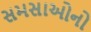
સમસાઓનો